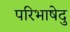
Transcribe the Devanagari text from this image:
परिभाषेदु